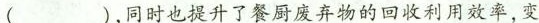
( )，同时也提升了餐厨废弃物的回收利用效率，变